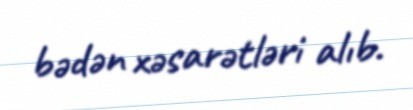
bədən xəsarətləri alıb.